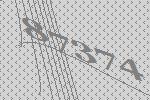
87374